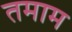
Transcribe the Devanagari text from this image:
तमाम